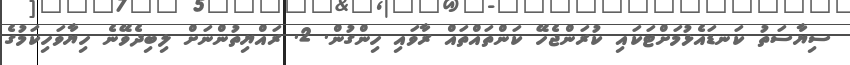
ސިޔާސަތު ކަނޑައެޅުމަށްޓަކައި ކުރަންޖެހޭ ކަންތައްތައް ރާވައި ހިންގުން. 2. ރައްޔިތުންނަށް ލިބިދެވޭނެ ހިޔާވަހިކަމުގެ